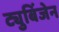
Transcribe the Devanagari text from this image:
ट्युबिंजेन